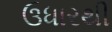
ઉધારથી